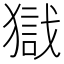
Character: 𱮙